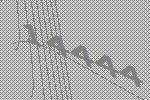
14444